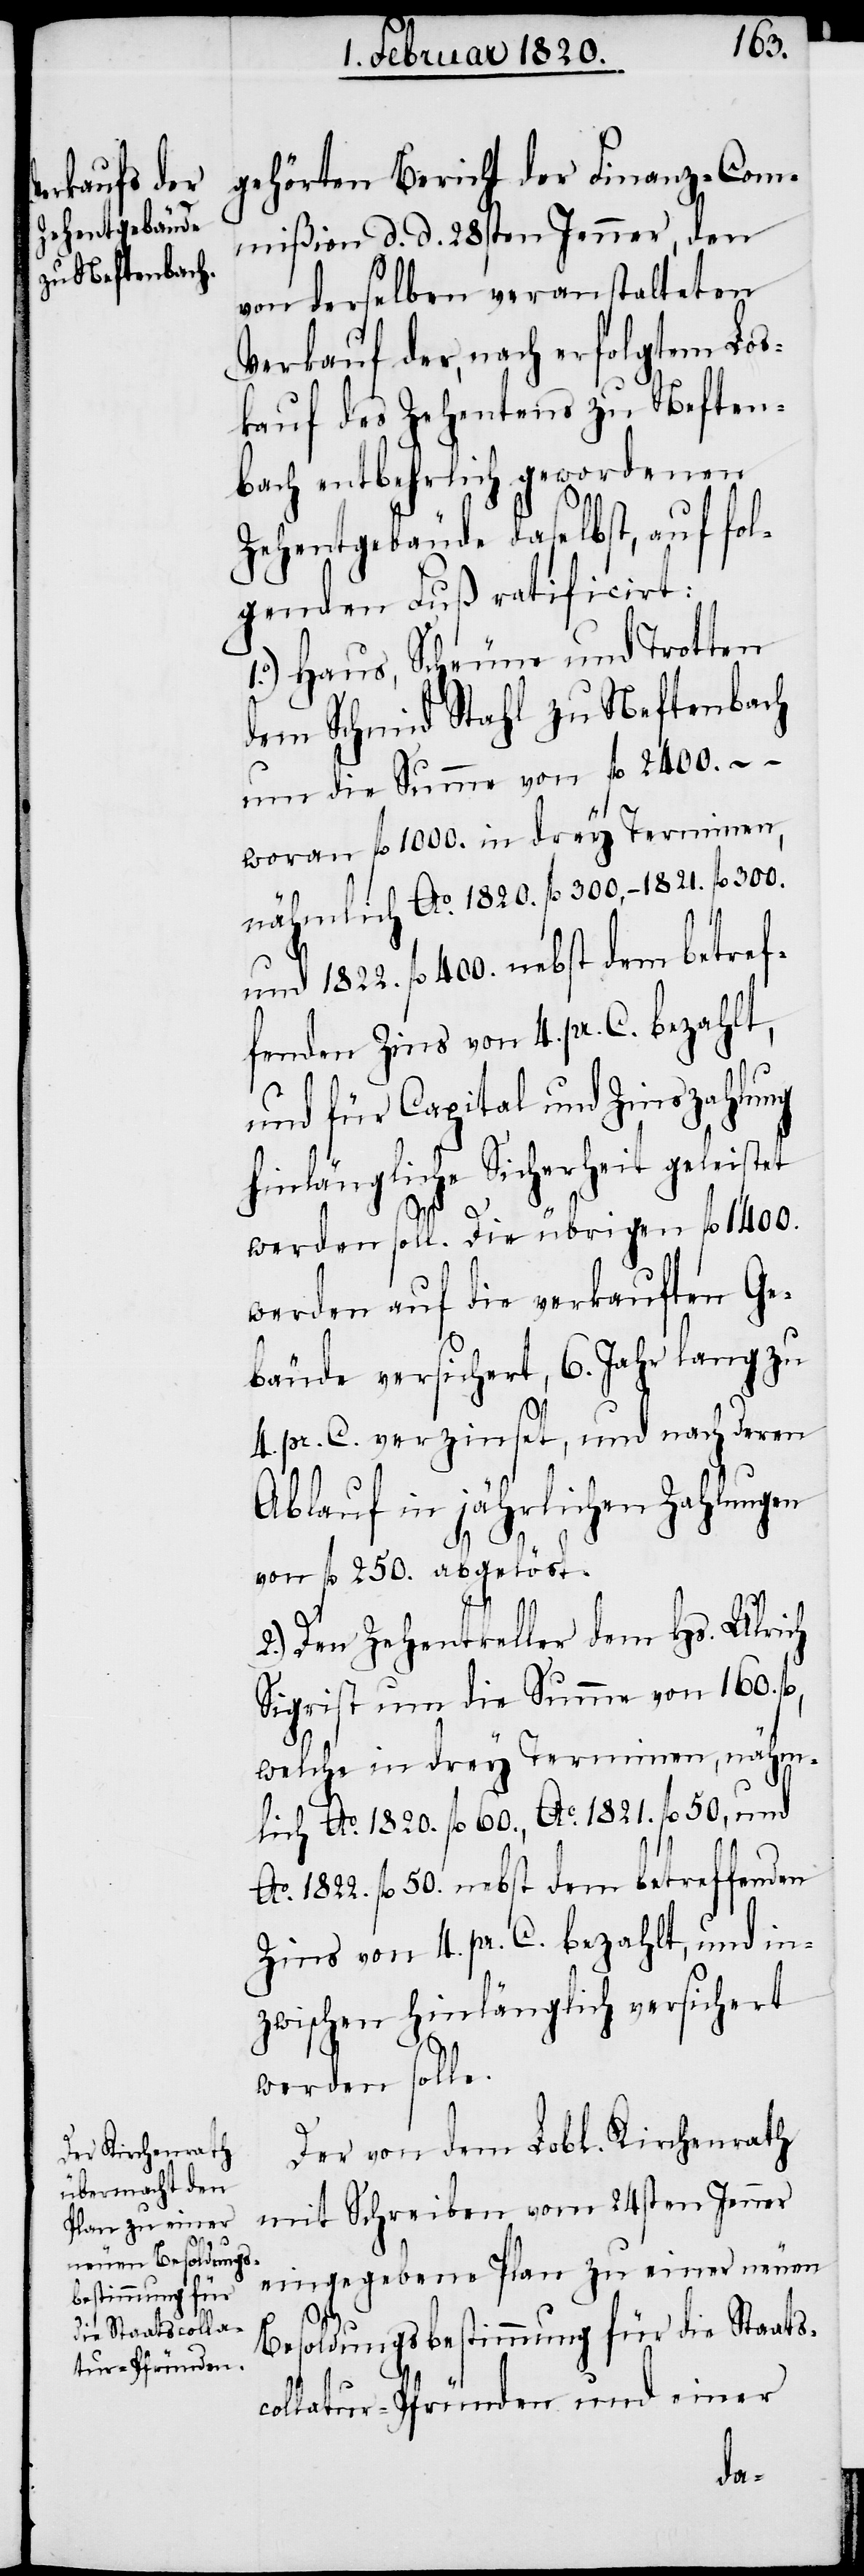
gehörten Bericht der Finanz-Com¬
mißion d d 28sten Jenner, den
von derselben veranstalteten
Verkauf der, nach erfolgtem Los¬
kauf des Zehentens zu Neften¬
bach entbehrlich gewordenen
Zehentgebäude daselbst, auf fol¬
genden Fuß ratificirt:
Haus, Scheune und Trotten
dem Schmid Stahl zu Neftenbach
um die Summe von fl. 2400. −
woran fl. 1000. in drey Terminen,
nähmlich Ao. 1820. fl. 300, − 1821. fl.
und 1822. fl. 400. nebst dem betref¬
fenden Zins von 4. pr. C. bezahlt,
und für Capital und Zinszahlung
hinlängliche Sicherheit geleistet
300.
werden soll. Die übrigen fl. 1‘400.
werden auf die verkauften Ge¬
bäude versichert, 6. Jahr lang zu
4. pr. C. verzinset, und nach deren
Ablauf in jährlichen Zahlungen
von fl. 250. abgelöst.
2.) Den Zehentkeller dem Hs. Ulrich
Sigrist um die Summe von 160.
welche in drey Terminen, nähm¬
lich Ao 1820 . fl. 60., Ao. 1821. fl. 50, und
Ao. 1822. fl. 50 nebst dem betreffenden
Zins von 4. pr. C. bezahlt, und in¬
zwischen hinlänglich versichert
werden solle.
Der von dem Lobl. Kirchenrath
mit Schreiben vom 24sten Jenner
eingegebene Plan zu einer neuen
Besoldungsbestimmung für die Staats¬
collatur-Pfründen und einer